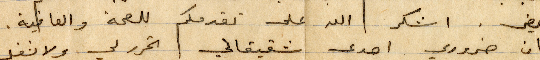
مريض. اشكر الله على تقدمكم للصحة والعافية.